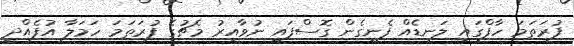
ފުރަތަމަ ހާފްގައި ލަނޑެއް ފެނިގެން ގޮސްފައި ނުވާއިރު މެޗުގެ ފުރަތަމަ ހަމަލާ އުފެއްދީ